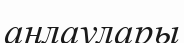
аңлаулары